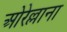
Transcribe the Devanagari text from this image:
ओरेल्लाना